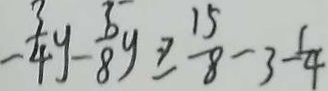
- \frac { 3 } { 4 } y - \frac { 6 } { 8 } y \geq \frac { 1 5 } { 8 } - 3 - \frac { 1 } { 4 }